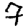
Digit: 7